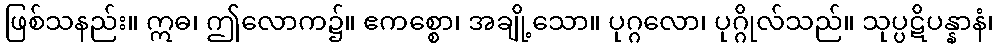
ဖြစ်သနည်း။ ဣဓ၊ ဤလောက၌။ ဧကစ္စော၊ အချို့သော။ ပုဂ္ဂလော၊ ပုဂ္ဂိုလ်သည်။ သုပ္ပဋိပန္နာနံ၊